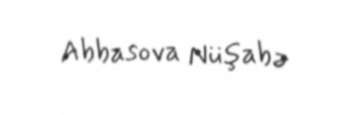
Abbasova Nüşabə